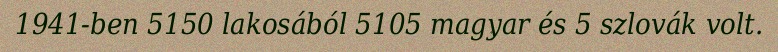
1941-ben 5150 lakosából 5105 magyar és 5 szlovák volt.